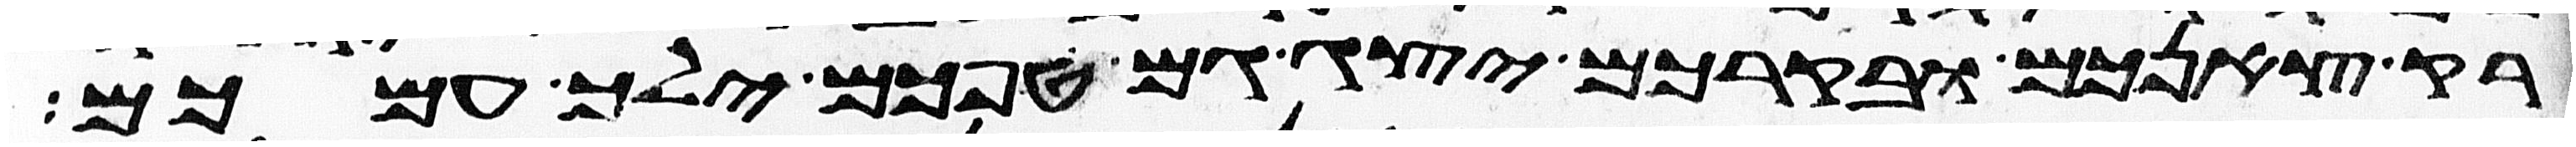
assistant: רק צאנכם ובקרכם יצג גם טפכם ילך עמכם